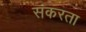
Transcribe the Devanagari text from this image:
संकरता